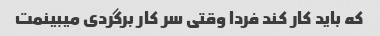
که باید کار کند فردا وقتی سر کار برگردی میبینمت